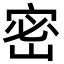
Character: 密